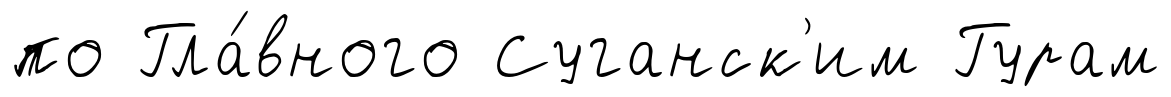
по Гла́вного Суганск'им Гурам